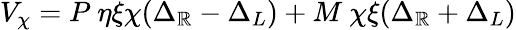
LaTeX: V_{\chi}=P~\eta\xi\chi(\Delta_{\mathbb{R}}-\Delta_{L})+M~\chi\xi(\Delta_{\mathbb{R}}+\Delta_{L})